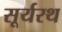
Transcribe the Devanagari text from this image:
सूर्यरथ